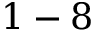
1 - 8